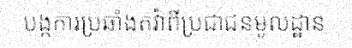
បង្កការប្រឆាំងតវ៉ាពីប្រជាជនមូលដ្ឋាន